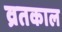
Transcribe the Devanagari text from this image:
व्रतकाल